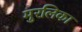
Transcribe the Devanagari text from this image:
मुरलिका